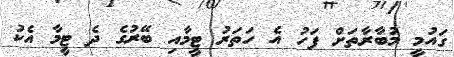
ގައުމީ މުބާރާތަށް ފަހު އެ ހަތަރު ޓީމާއި ބޭރުގެ ދެ ޓީމާ އެކު